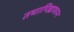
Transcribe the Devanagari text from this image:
तथापिह्यावरुन